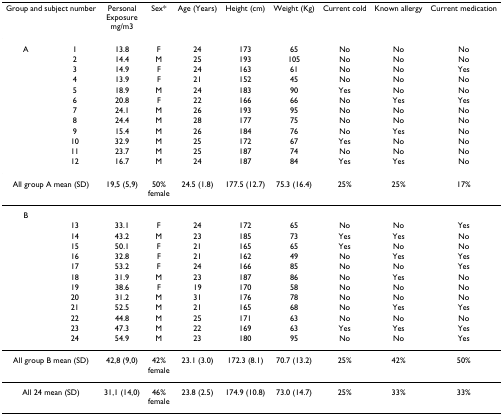
<table><thead><tr><td colspan="2"><b>Group and subject number</b></td><td><b>PersonalExposuremg/m3</b></td><td><b>Sex*</b></td><td><b>Age (Years)</b></td><td><b>Height (cm)</b></td><td><b>Weight (Kg)</b></td><td><b>Current cold</b></td><td><b>Known allergy</b></td><td><b>Current medication</b></td></tr></thead><tbody><tr><td>A</td><td>1</td><td>13.8</td><td>F</td><td>24</td><td>173</td><td>65</td><td>No</td><td>No</td><td>No</td></tr><tr><td></td><td>2</td><td>14.4</td><td>M</td><td>25</td><td>193</td><td>105</td><td>No</td><td>No</td><td>No</td></tr><tr><td></td><td>3</td><td>14.9</td><td>F</td><td>24</td><td>163</td><td>61</td><td>No</td><td>No</td><td>Yes</td></tr><tr><td></td><td>4</td><td>13.9</td><td>F</td><td>21</td><td>152</td><td>45</td><td>No</td><td>No</td><td>No</td></tr><tr><td></td><td>5</td><td>18.9</td><td>M</td><td>24</td><td>183</td><td>90</td><td>Yes</td><td>No</td><td>No</td></tr><tr><td></td><td>6</td><td>20.8</td><td>F</td><td>22</td><td>166</td><td>66</td><td>No</td><td>Yes</td><td>Yes</td></tr><tr><td></td><td>7</td><td>24.1</td><td>M</td><td>26</td><td>193</td><td>95</td><td>No</td><td>No</td><td>No</td></tr><tr><td></td><td>8</td><td>24.4</td><td>M</td><td>28</td><td>177</td><td>75</td><td>No</td><td>No</td><td>No</td></tr><tr><td></td><td>9</td><td>15.4</td><td>M</td><td>26</td><td>184</td><td>76</td><td>No</td><td>Yes</td><td>No</td></tr><tr><td></td><td>10</td><td>32.9</td><td>M</td><td>25</td><td>172</td><td>67</td><td>Yes</td><td>No</td><td>No</td></tr><tr><td></td><td>11</td><td>23.7</td><td>M</td><td>25</td><td>187</td><td>74</td><td>No</td><td>No</td><td>No</td></tr><tr><td></td><td>12</td><td>16.7</td><td>M</td><td>24</td><td>187</td><td>84</td><td>Yes</td><td>Yes</td><td>No</td></tr><tr><td colspan="2">All group A mean (SD)</td><td>19,5 (5,9)</td><td>50%female</td><td>24.5 (1.8)</td><td>177.5 (12.7)</td><td>75.3 (16.4)</td><td>25%</td><td>25%</td><td>17%</td></tr><tr><td>B</td><td></td><td></td><td></td><td></td><td></td><td></td><td></td><td></td><td></td></tr><tr><td></td><td>13</td><td>33.1</td><td>F</td><td>24</td><td>172</td><td>65</td><td>No</td><td>No</td><td>Yes</td></tr><tr><td></td><td>14</td><td>43.2</td><td>M</td><td>23</td><td>185</td><td>73</td><td>Yes</td><td>Yes</td><td>No</td></tr><tr><td></td><td>15</td><td>50.1</td><td>F</td><td>21</td><td>165</td><td>65</td><td>Yes</td><td>No</td><td>No</td></tr><tr><td></td><td>16</td><td>32.8</td><td>F</td><td>21</td><td>162</td><td>49</td><td>No</td><td>Yes</td><td>Yes</td></tr><tr><td></td><td>17</td><td>53.2</td><td>F</td><td>24</td><td>166</td><td>85</td><td>No</td><td>No</td><td>Yes</td></tr><tr><td></td><td>18</td><td>31.9</td><td>M</td><td>23</td><td>187</td><td>86</td><td>No</td><td>Yes</td><td>No</td></tr><tr><td></td><td>19</td><td>38.6</td><td>F</td><td>19</td><td>170</td><td>58</td><td>No</td><td>No</td><td>No</td></tr><tr><td></td><td>20</td><td>31.2</td><td>M</td><td>31</td><td>176</td><td>78</td><td>No</td><td>No</td><td>No</td></tr><tr><td></td><td>21</td><td>52.5</td><td>M</td><td>21</td><td>165</td><td>68</td><td>No</td><td>Yes</td><td>Yes</td></tr><tr><td></td><td>22</td><td>44.8</td><td>M</td><td>25</td><td>171</td><td>63</td><td>No</td><td>No</td><td>No</td></tr><tr><td></td><td>23</td><td>47.3</td><td>M</td><td>22</td><td>169</td><td>63</td><td>Yes</td><td>Yes</td><td>Yes</td></tr><tr><td></td><td>24</td><td>54.9</td><td>M</td><td>23</td><td>180</td><td>95</td><td>No</td><td>No</td><td>Yes</td></tr><tr><td colspan="2">All group B mean (SD)</td><td>42,8 (9,0)</td><td>42%female</td><td>23.1 (3.0)</td><td>172.3 (8.1)</td><td>70.7 (13.2)</td><td>25%</td><td>42%</td><td>50%</td></tr><tr><td colspan="2">All 24 mean (SD)</td><td>31,1 (14,0)</td><td>46%female</td><td>23.8 (2.5)</td><td>174.9 (10.8)</td><td>73.0 (14.7)</td><td>25%</td><td>33%</td><td>33%</td></tr></tbody></table>